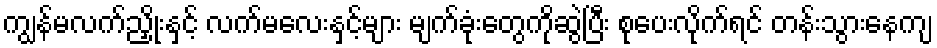
ကျွန်မလက်ညှိုးနှင့် လက်မလေးနှင့်များ မျက်ခုံးတွေကိုဆွဲပြီး စုပေးလိုက်ရင် တန်းသွားနေကျ